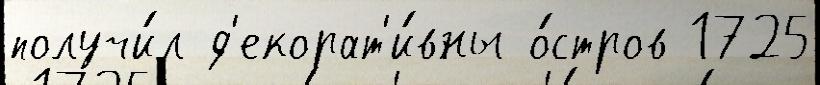
получи́л д'екорат'и́вны о́стров 1725